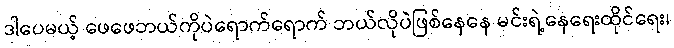
ဒါပေမယ့် ဖေဖေဘယ်ကိုပဲရောက်ရောက် ဘယ်လိုပဲဖြစ်နေနေ မင်းရဲ့နေရေးထိုင်ရေး၊